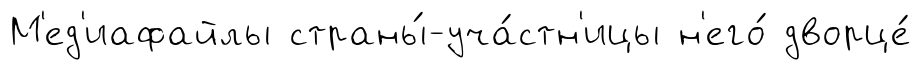
М'ед'иафайлы страны́-уча́стн'ицы н'его́ дворце́